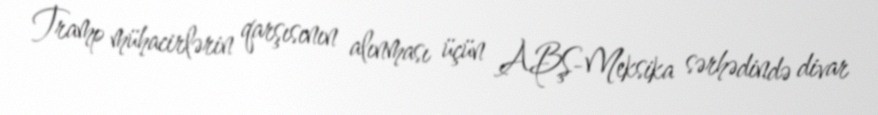
Tramp mühacirlərin qarşısının alınması üçün ABŞ-Meksika sərhədində divar